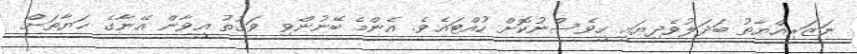
ނަޒަރިއްޔާތު ބަދަލުވެދިޔައީ ހީވެސްނުކޮށް ހުއްޓައެވެ. އެންމެ ބޭނުންވި ވަގުތު އީވާން އޭނާގެ ޙަޔާތަށް